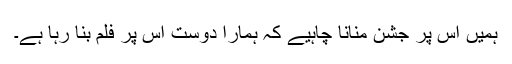
ہمیں اس پر جشن منانا چاہیے کہ ہمارا دوست اس پر فلم بنا رہا ہے۔